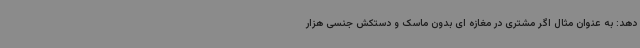
دهد: به عنوان مثال اگر مشتری در مغازه ای بدون ماسک و دستکش جنسی هزار